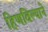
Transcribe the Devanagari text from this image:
हिणविल्याने